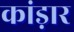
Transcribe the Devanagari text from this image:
कांड़ार